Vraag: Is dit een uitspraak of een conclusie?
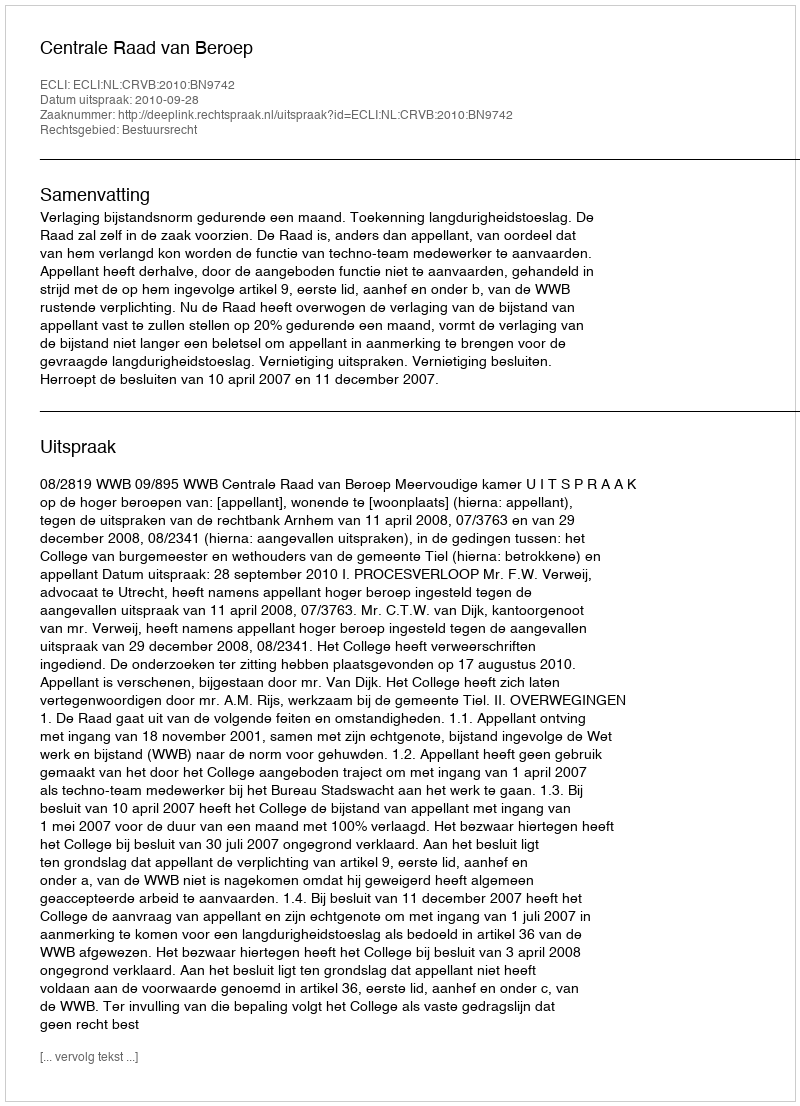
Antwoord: Uitspraak